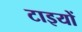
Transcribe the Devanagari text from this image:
टाइयों